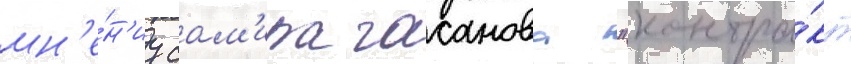
мн'е́н'иу сам'ира гасанова "контра́кт